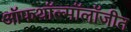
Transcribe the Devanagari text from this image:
ऑफथॉल्मॉलॉजीत